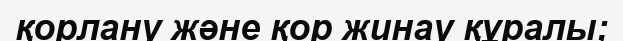
қорлану және қор жинау құралы;